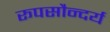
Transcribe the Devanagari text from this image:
रूपसौन्दर्य